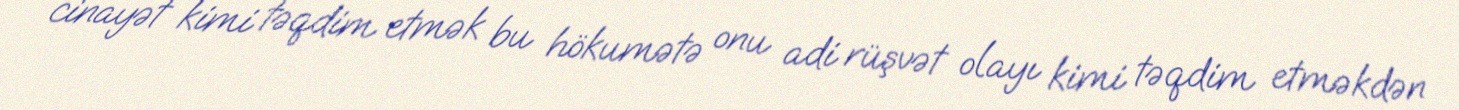
cinayət kimi təqdim etmək bu hökumətə onu adi rüşvət olayı kimi təqdim etməkdən